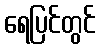
ရေပြင်တွင်